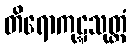
တိရောကုဋ္ဋသုတ္တံ